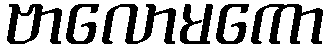
ဗာလောမကော